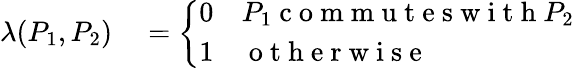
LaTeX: \begin{array}{rl}{\lambda(P_{1},P_{2})}&{{}=\left\{ \begin{array}{ll}{0}&{P_{1}\mathrm{~c~o~m~m~u~t~e~s~w~i~t~h~}P_{2}}\\ {1}&{\mathrm{~o~t~h~e~r~w~i~s~e~}}\end{array}\right.}\end{array}